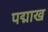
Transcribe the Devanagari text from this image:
पद्माख